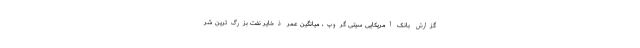
گزارش بانک آمریکایی سیتی گروپ، میانگین عمر ذخایر نفت بزرگ‌ترین شر